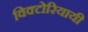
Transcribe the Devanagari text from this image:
विक्टोरियायी